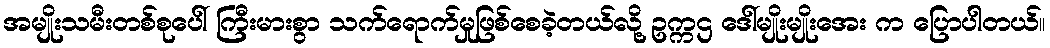
အမျိုးသမီးတစ်စုပေါ် ကြီးမားစွာ သက်ရောက်မှုဖြစ်စေခဲ့တယ်လို့ ဥက္ကဌ ဒေါ်မျိုးမျိုးအေး က ပြောပါတယ်။